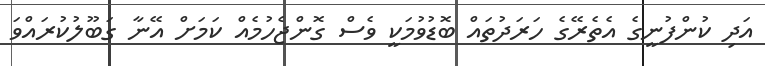
އަދި ކުންފުނީގެ އެތެރޭގެ ހަރަދުތައް ބޮޑުވުމަކީ ވެސް ގޮންޖެހުމެއް ކަމަށް އޭނާ ގަބޫލުކުރައްވަ